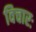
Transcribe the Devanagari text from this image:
विचारः